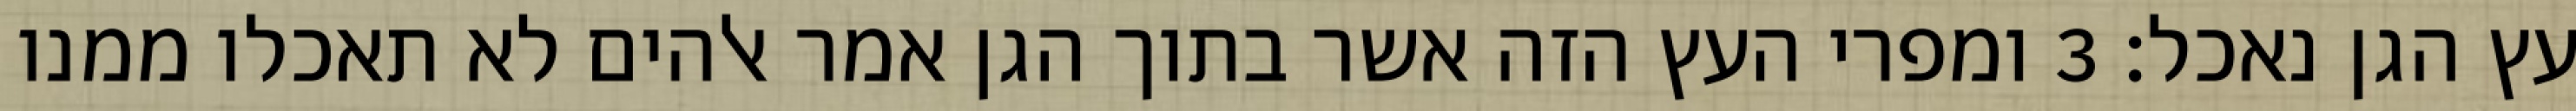
עץ הגן נאכל׃ ‎3‏ ומפרי העץ הזה אשר בתוך הגן אמר אלהים לא תאכלו ממנו